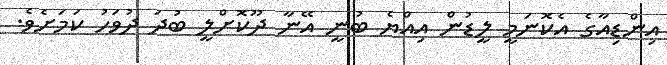
އިންޑިއާގެ އެކޮނަމީ ލީޑުން އިއްޔެ ބުނީ އޭނާ ދޫކޮށްލީ ބުދަ ދުވަހު ކަމަށެވެ.